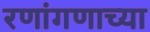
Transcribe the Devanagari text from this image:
रणांगणाच्या